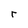
Character: r